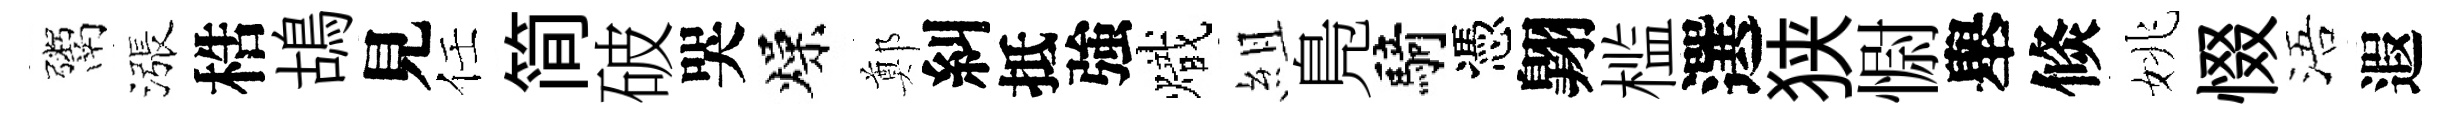
鬻漲梏鴣見任简破哭燥鄭糾抵強熾組鳬騎憑翺槛選狭𢠢舉倐姚惙浯遐